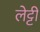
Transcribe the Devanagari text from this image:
लेट्टी